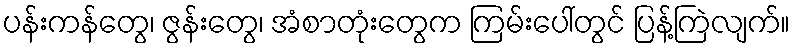
ပန်းကန်တွေ၊ ဇွန်းတွေ၊ အံစာတုံးတွေက ကြမ်းပေါ်တွင် ပြန့်ကြဲလျက်။